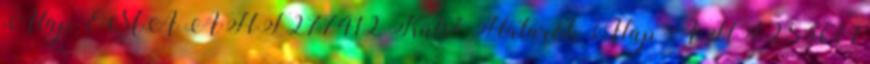
Alap EMA ÁHT 277412 Külső Határok Alap ÁHT 283601